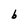
Character: b